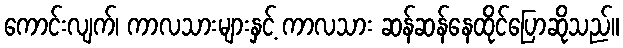
ကောင်းလျက်၊ ကာလသားများနှင့် ကာလသား ဆန်ဆန်နေထိုင်ပြောဆိုသည်။